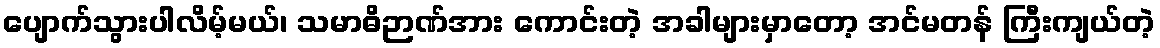
ပျောက်သွားပါလိမ့်မယ်၊ သမာဓိဉာဏ်အား ကောင်းတဲ့ အခါများမှာတော့ အင်မတန် ကြီးကျယ်တဲ့